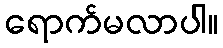
ရောက်မလာပါ။